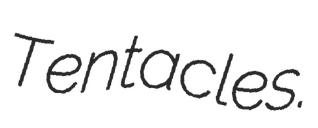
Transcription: Tentacles.